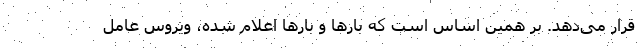
قرار می‌دهد. بر همین اساس است که بارها و بارها اعلام شده، ویروس عامل